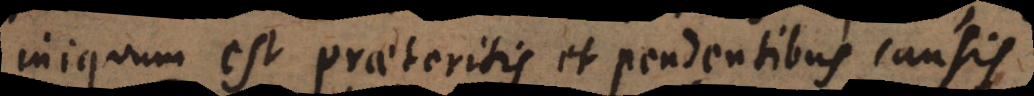
iniquum est praeteritis et pendentibus causis